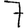
Digit: 7